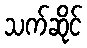
သက်ဆိုင်